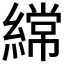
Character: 𮈼